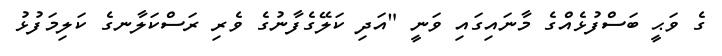
ގެ ވަޙީ ބަސްފުޅެއްގެ މާނައިގައި ވަނީ "އަދި ކަލޭގެފާނުގެ ވެރި ރަސްކަލާނގެ ކަލިމަފުޅު